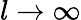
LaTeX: l\to\infty